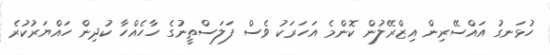
ހުޅަނގު އައްސޭރިން އިޒްރޭލުން ކޮންމެ އަހަރަކު ވެސް ފަލަސްތީނުގެ ހާހެއްހާ ކުދިން ހައްޔަރުކުރެ